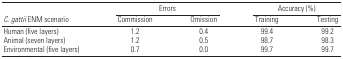
|  | <COLSPAN=2> Errors | <COLSPAN=2> Accuracy (%) |
 | C. gattii ENM scenario | Commission | Omission | Training | Testing |
 | --- | --- | --- | --- | --- |
 | Human (five layers) | 1.2 | 0.4 | 99.4 | 99.2 |
 | Animal (seven layers) | 1.2 | 0.5 | 98.7 | 98.3 |
 | Environmental (five layers) | 0.7 | 0.0 | 99.7 | 99.7 |